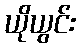
ယိုယွင်း